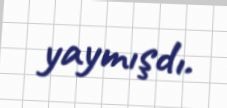
yaymışdı.